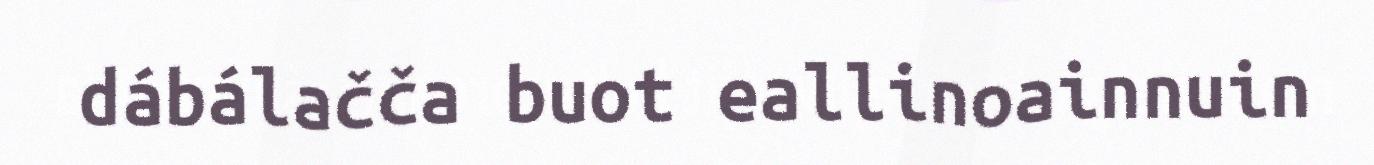
dábálačča buot eallinoainnuin